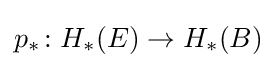
p_{*}\colon H_{*}(E)\to H_{*}(B)